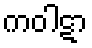
ကဝါဋာ